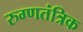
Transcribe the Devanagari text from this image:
रुग्णतंत्रिक